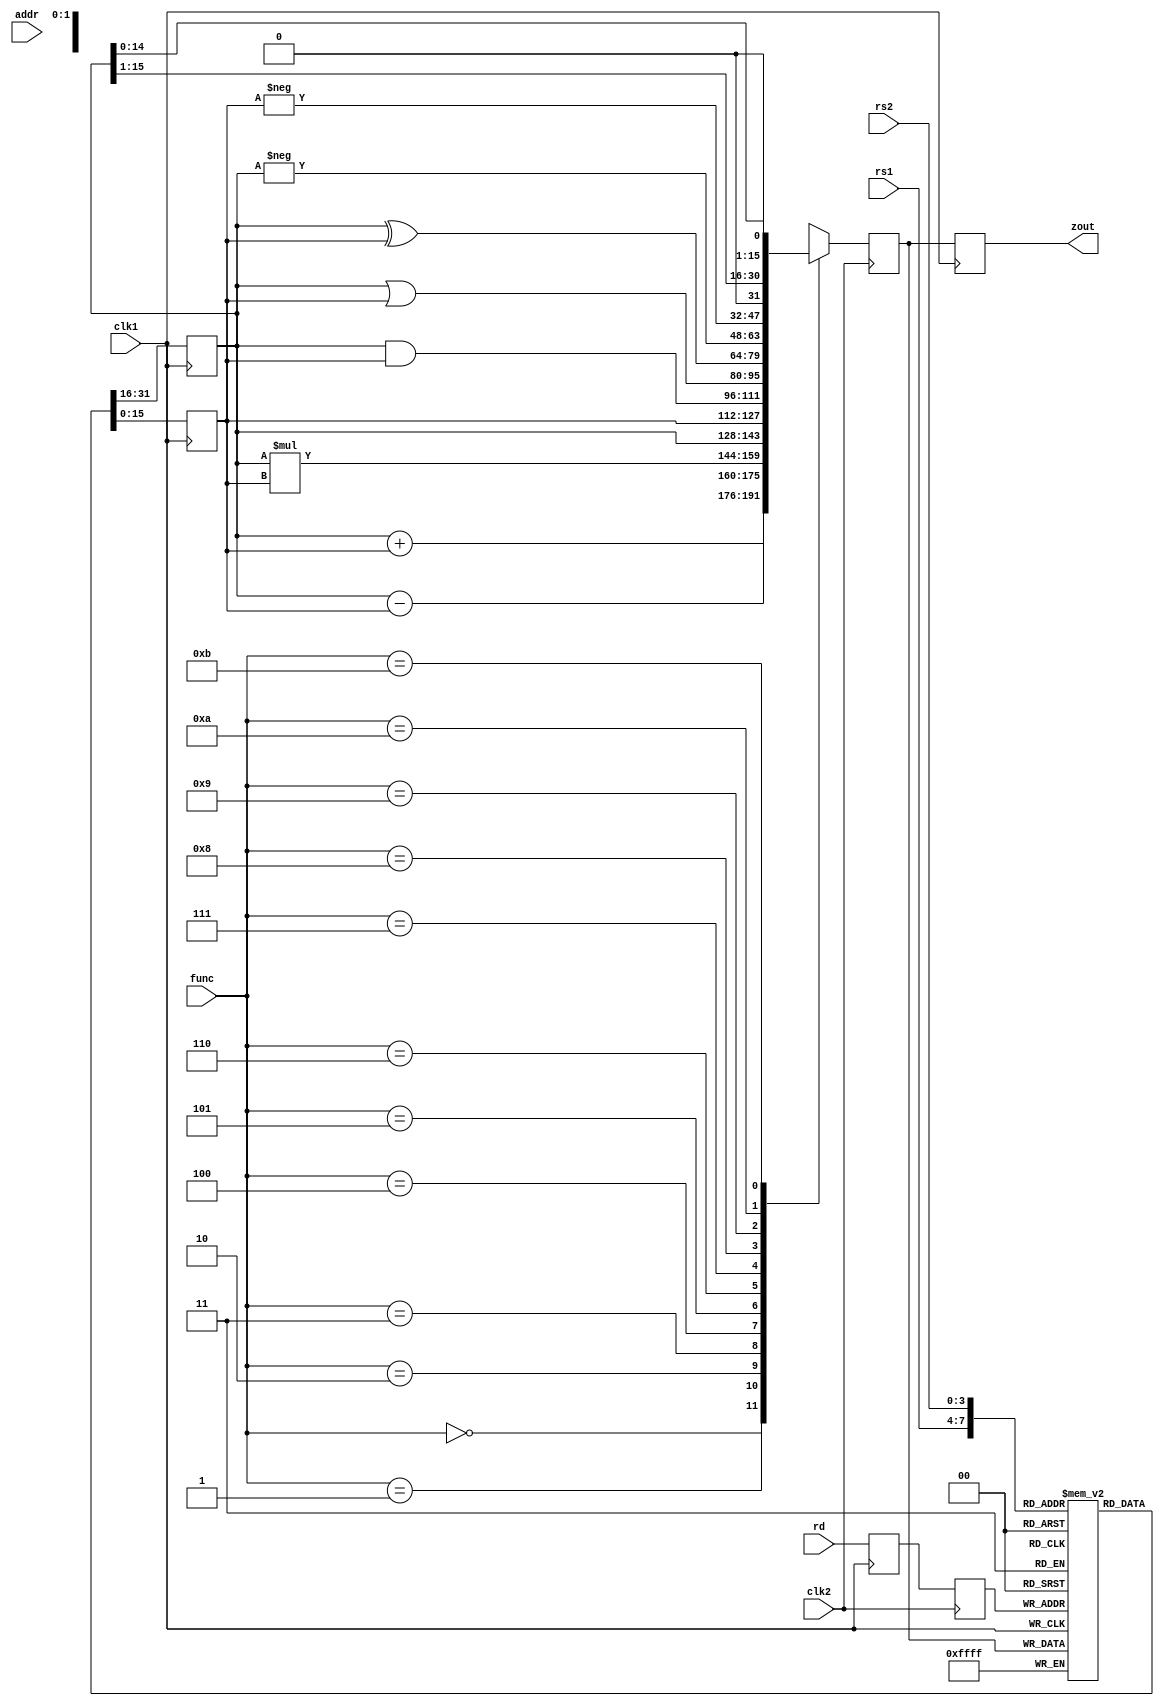
module pipeline2(zout, rs1, rs2, rd, func, addr, clk1, clk2);

input [3:0] rs1, rs2, rd, func;
input [7:0] addr;
input clk1, clk2; //two phase clock;

output [15:0] zout;

reg [15:0] L12_A, L12_B, L23_z, L34_z;
reg [3:0] L12_rd, L12_func, L23_rd;
reg [7:0] L12_addr, L23_addr, L34_addr;

reg [15:0] regbank [0:15]; //register bank
reg [15:0] mem [0:255]; //256 x 16 memory

assign zout= L34_z;

always @(posedge clk1)
begin
	L12_A <= #2 regbank[rs1];
	L12_B <= #2 regbank[rs2];
	L12_rd <= #2 rd;
	L12_func<= #2 func;
	L12_addr <= #2 addr; //stage1
end

always @(negedge clk2)
begin 
  case(func)
	0: L23_z <= #2 L12_A + L12_B;
	1: L23_z <= #2 L12_A - L12_B;
	2: L23_z <= #2 L12_A * L12_B;
	3: L23_z <= #2 L12_A;
	4: L23_z <= #2 L12_B;
	5: L23_z <= #2 L12_A & L12_B;
	6: L23_z <= #2 L12_A | L12_B;
	7: L23_z <= #2 L12_A ^ L12_B;
	8: L23_z <= #2 -L12_A;
	9: L23_z <= #2 -L12_B;
	10: L23_z <= #2 L12_A >> 1;
	11: L23_z <= #2 L12_A << 1;
	default: L23_z <= #2 16 'hxxxx; //stage2
endcase

L23_rd <= #2 L12_rd;
L23_addr<= #2 L12_addr;
end

always @(posedge clk1)
begin
 	regbank[L23_rd] <= #2 L23_z;
	L34_z <= #2 L23_z;
	L34_addr <= #2 L23_addr; //stage3
end

always @(negedge clk2)
begin 
	mem[L34_addr] <= #2 L34_z;//stage4
end

endmodule